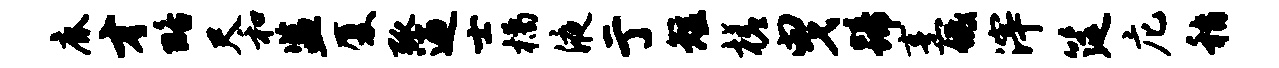
鹿才略尺和监厦弧迎士橘液亍短槎曳蹄烹低滓筵庀嵇